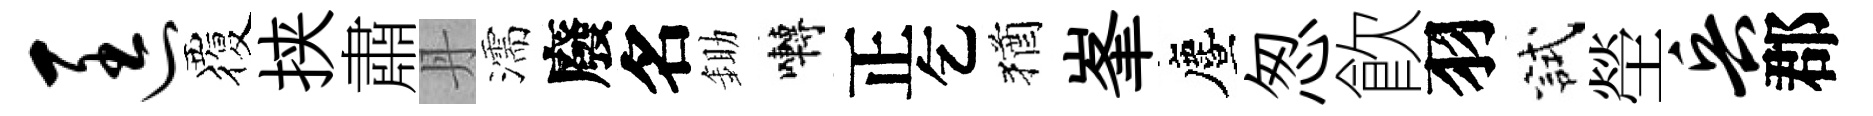
匡覆挟肅丹濡廢名鋤囀正乞猶峯󵨌怱飮羽試塋兵郡